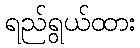
ရည်ရွယ်ထား